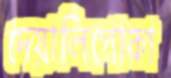
দেয়ালিপোকা